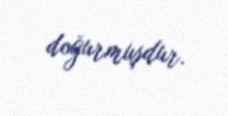
doğurmuşdur.